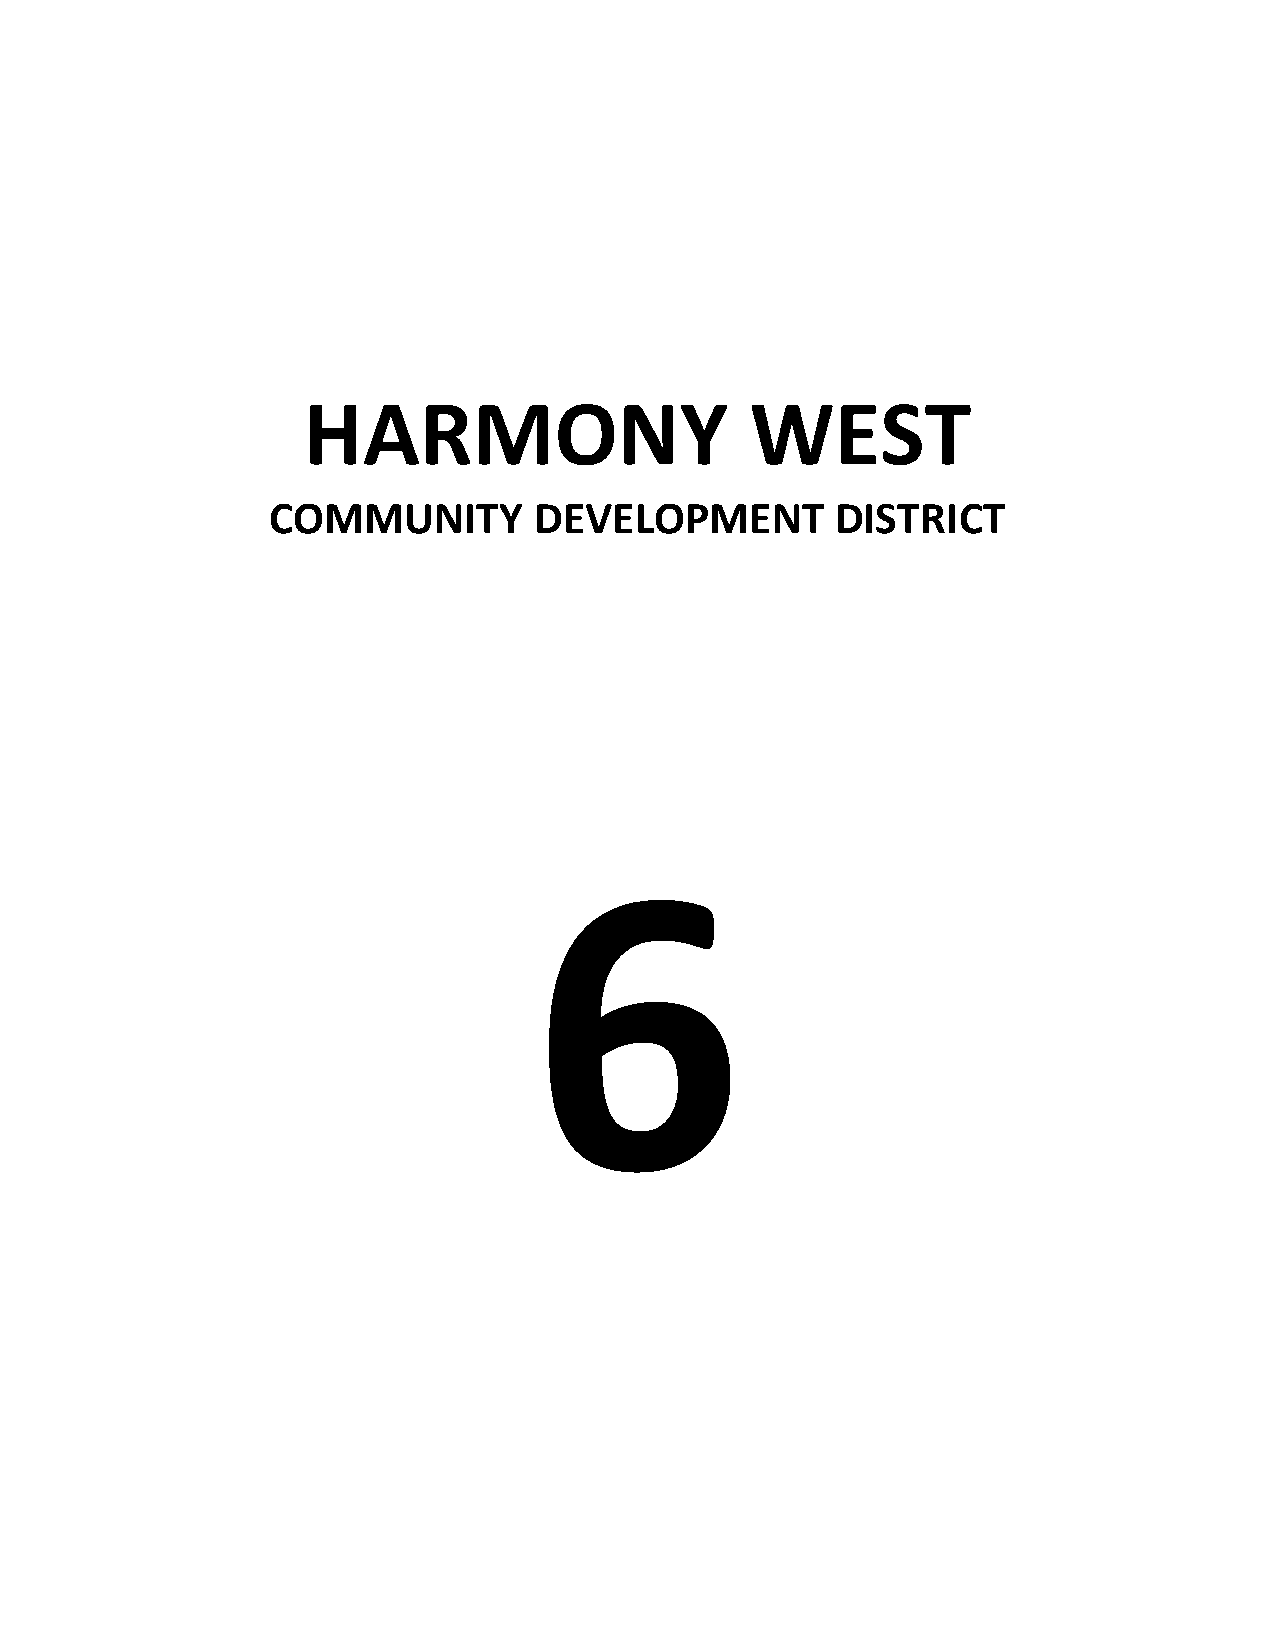
HARMONY                       WEST
 COMMUNITY        DEVELOPMENT         DISTRICT
 6